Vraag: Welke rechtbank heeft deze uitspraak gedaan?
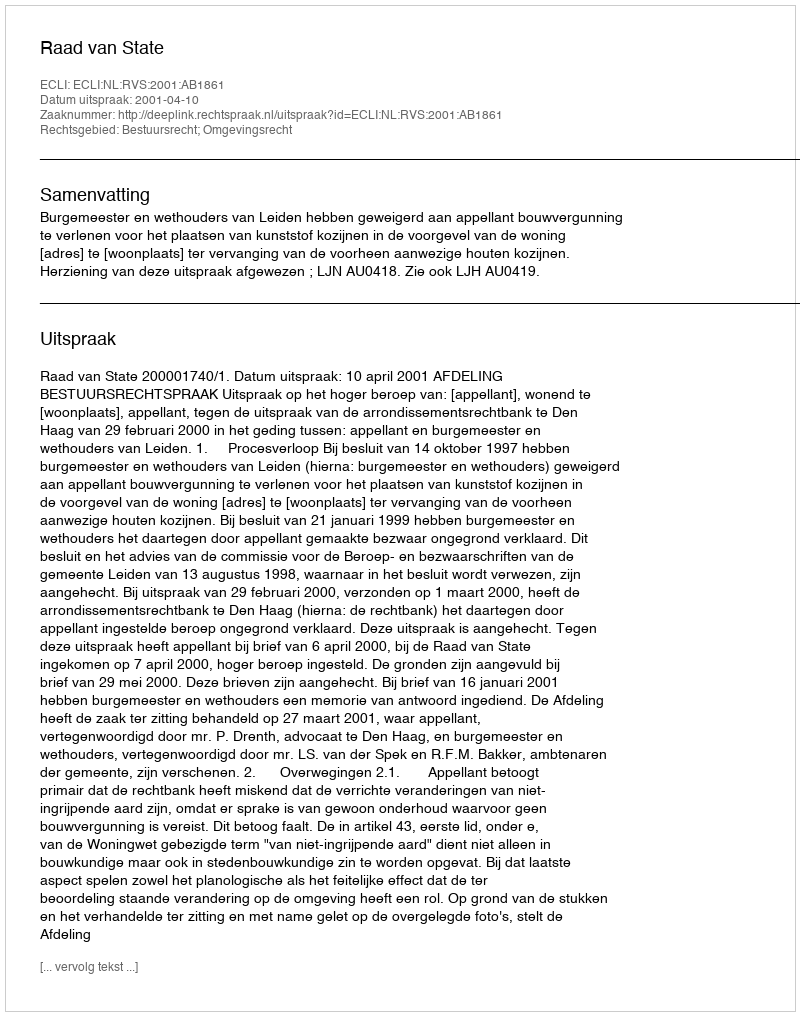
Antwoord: Raad van State